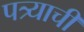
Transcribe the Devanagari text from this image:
पत्र्याची